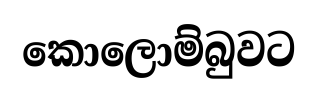
කොලොම්බුවට